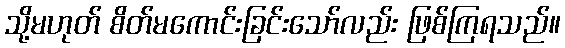
သို့မဟုတ် စိတ်မကောင်းခြင်းသော်လည်း ဖြစ်ကြရသည်။